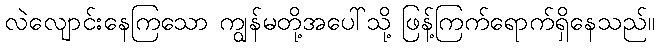
လဲလျောင်းနေကြသော ကျွန်မတို့အပေါ်သို့ ဖြန့်ကြက်ရောက်ရှိနေသည်။